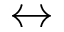
\leftrightarrow